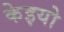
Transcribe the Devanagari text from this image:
केइयो